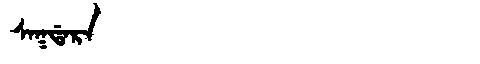
Manchu: ᠰᠠᡴᡩᠠᡵᠠ
Romanization: SAKDARA